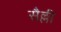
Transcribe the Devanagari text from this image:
सैल्ली